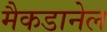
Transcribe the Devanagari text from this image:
मैकडानेल